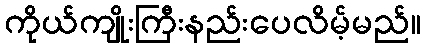
ကိုယ်ကျိုးကြီးနည်းပေလိမ့်မည်။